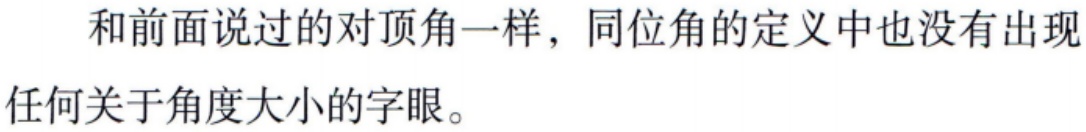
和前面说过的对顶角一样，同位角的定义中也没有出现任何关于角度大小的字眼。